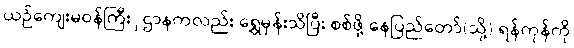
ယဉ်ကျေးမဝန်ကြီးှဌာနကလည်း ရွှေမှန်းသိပြီး စစ်ဖို့ နေပြည်တော်(သို့) ရန်ကုန်ကို